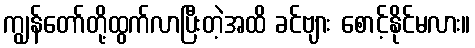
ကျွန်တော်တို့ထွက်လာပြီးတဲ့အထိ ခင်ဗျား စောင့်နိုင်မလား။